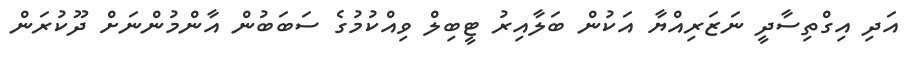
އަދި އިގްތިސާދީ ނަޒަރިއްޔާ އަކުން ބަލާއިރު ޓީބިލް ވިއްކުމުގެ ސަބަބުން އާންމުންނަށް ދޫކުރަން